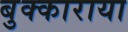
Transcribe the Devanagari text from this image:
बुक्काराया